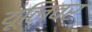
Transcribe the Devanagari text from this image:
यूलिवर